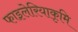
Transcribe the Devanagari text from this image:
फाइलेरियाकृमि